画像に写った文字を読んでください
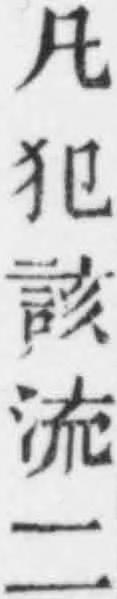
「凡犯該流二」と書いてあります